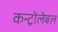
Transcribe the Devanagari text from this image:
कन्ट्रोलेबल